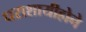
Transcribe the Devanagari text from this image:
धराशायीहोने